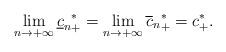
LaTeX: \begin{align*}\lim\limits_{n\rightarrow+\infty}{\underline{c}_n}^*_+=\lim\limits_{n\rightarrow+\infty}{\overline{c}_n}^*_+= {c}^*_+.\end{align*}